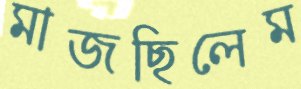
মাজছিলেম